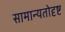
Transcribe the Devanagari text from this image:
सामान्यतोदृष्ट